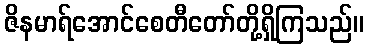
ဇိနမာရ်အောင်စေတီတော်တို့ရှိကြသည်။